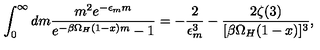
\int _ { 0 } ^ { \infty } d m \frac { m ^ { 2 } e ^ { - \epsilon _ { m } m } } { e ^ { - \beta \Omega _ { H } ( 1 - x ) m } - 1 } = - \frac { 2 } { \epsilon _ { m } ^ { 3 } } - \frac { 2 \zeta ( 3 ) } { [ \beta \Omega _ { H } ( 1 - x ) ] ^ { 3 } } ,